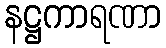
နဋ္ဌကာရဏာ